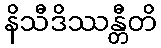
နိသီဒိဿန္တီတိ